On a parasite found in persons suffering from enlargement of the spleen in India, second report - Number 11
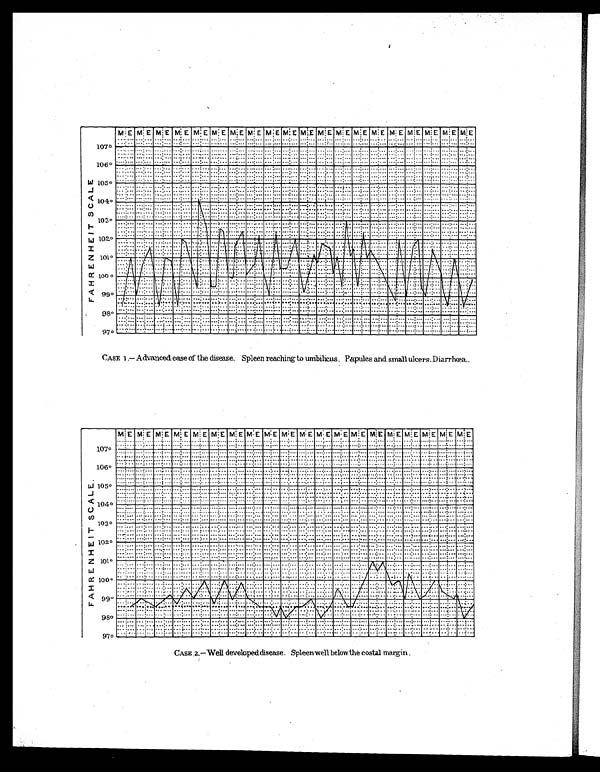
CASE 1.— Advanced case of the disease. Spleen reaching to umbilicus. Papules and small ulcers. Diarrhœa.
CASE 2.—Well developed disease. Spleen well below the costal margin.